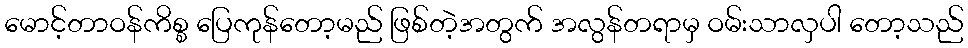
မောင့်တာဝန်ကိစ္စ ပြေကုန်တော့မည် ဖြစ်တဲ့အတွက် အလွန်တရာမှ ဝမ်းသာလှပါ တော့သည်